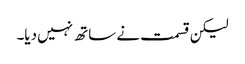
لیکن قسمت نے ساتھ نہیں دیا۔